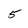
Character: 5